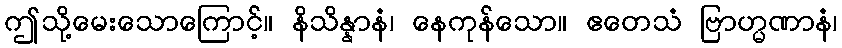
ဤသို့မေးသောကြောင့်။ နိသိန္နာနံ၊ နေကုန်သော။ ဧတေသံ ဗြာဟ္မဏာနံ၊